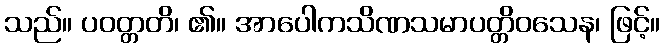
သည်။ ပဝတ္တတိ၊ ၏။ အာပေါကသိဏသမာပတ္တိဝသေန၊ ဖြင့်။